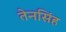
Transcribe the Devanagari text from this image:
तेनसिंह